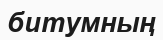
битумның